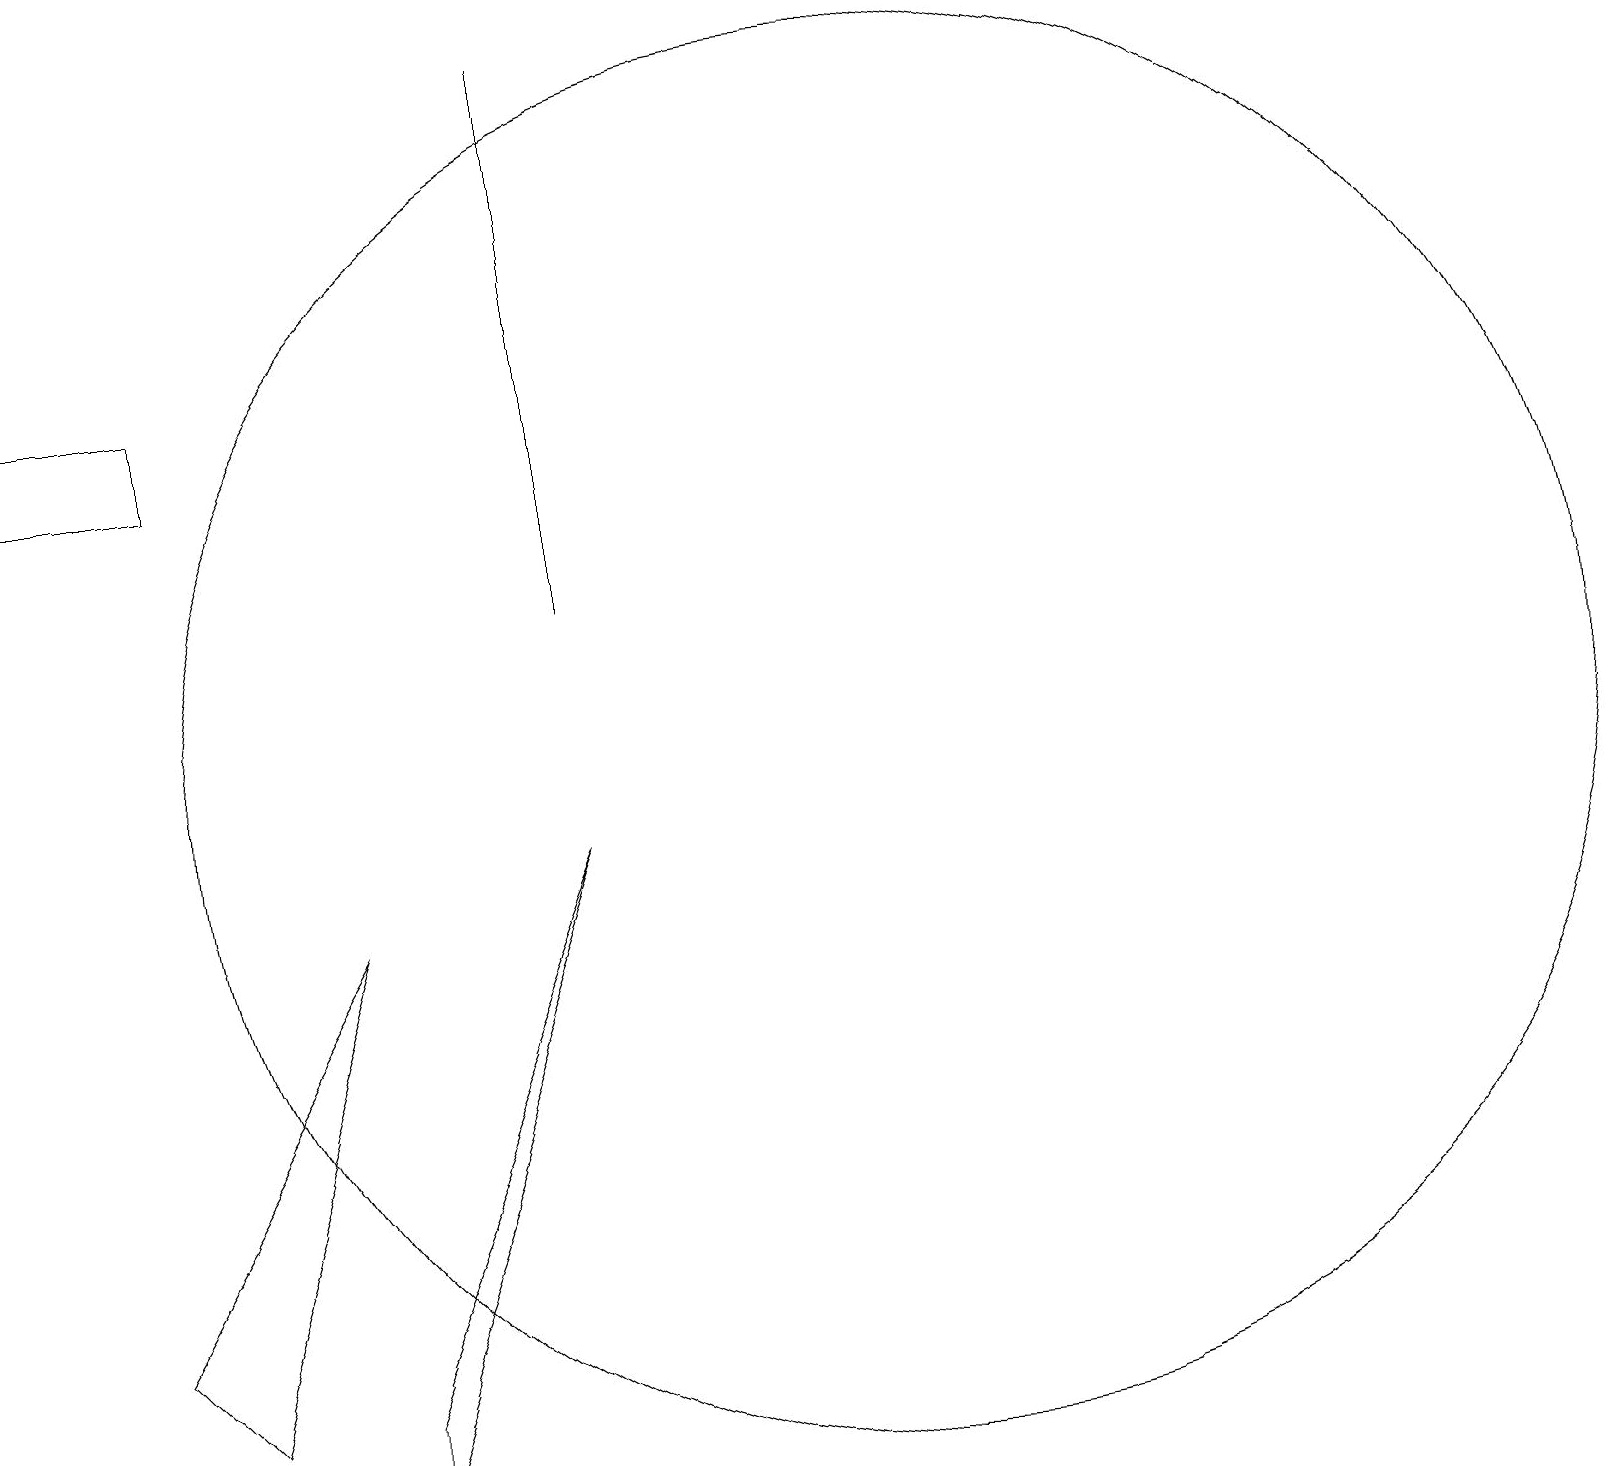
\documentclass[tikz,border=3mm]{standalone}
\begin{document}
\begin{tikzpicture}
\draw (3,15) rectangle (1,14);
\draw (2,3) -- (5,8) -- (3,2) -- cycle;
\draw (5,1) -- (8,9) -- (5,2) -- cycle;
\draw (12,10) circle (9);
\draw (8,12) rectangle (8,19);
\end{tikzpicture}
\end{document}